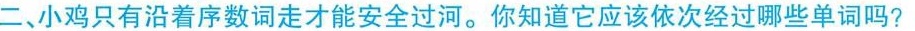
二、小鸡只有沿着序数词走才能安全过河。你知道它应该依次经过哪些单词吗？